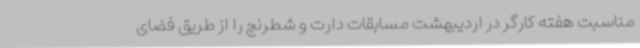
مناسبت هفته کارگر در اردیبهشت مسابقات دارت و شطرنج را از طریق فضای